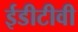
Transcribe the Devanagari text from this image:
ईडीटीवी